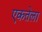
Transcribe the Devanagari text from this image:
एकतेला